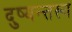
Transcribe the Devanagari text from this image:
दुष्यन्तस्य